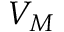
V _ { M }